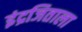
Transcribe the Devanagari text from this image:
इंद्रजिताला